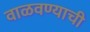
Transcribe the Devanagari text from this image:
वाळवण्याची